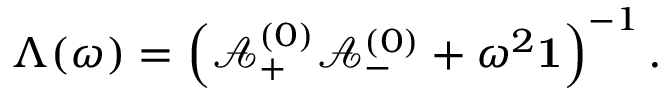
\Lambda ( \omega ) = \left( \mathbf { \mathcal { A } } _ { + } ^ { ( 0 ) } \mathbf { \mathcal { A } } _ { - } ^ { ( 0 ) } + \omega ^ { 2 } \mathbf { 1 } \right) ^ { - 1 } .